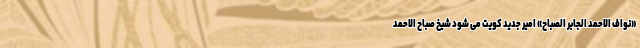
«نواف الاحمد الجابر الصباح» امیر جدید کویت می شود شیخ صباح الاحمد